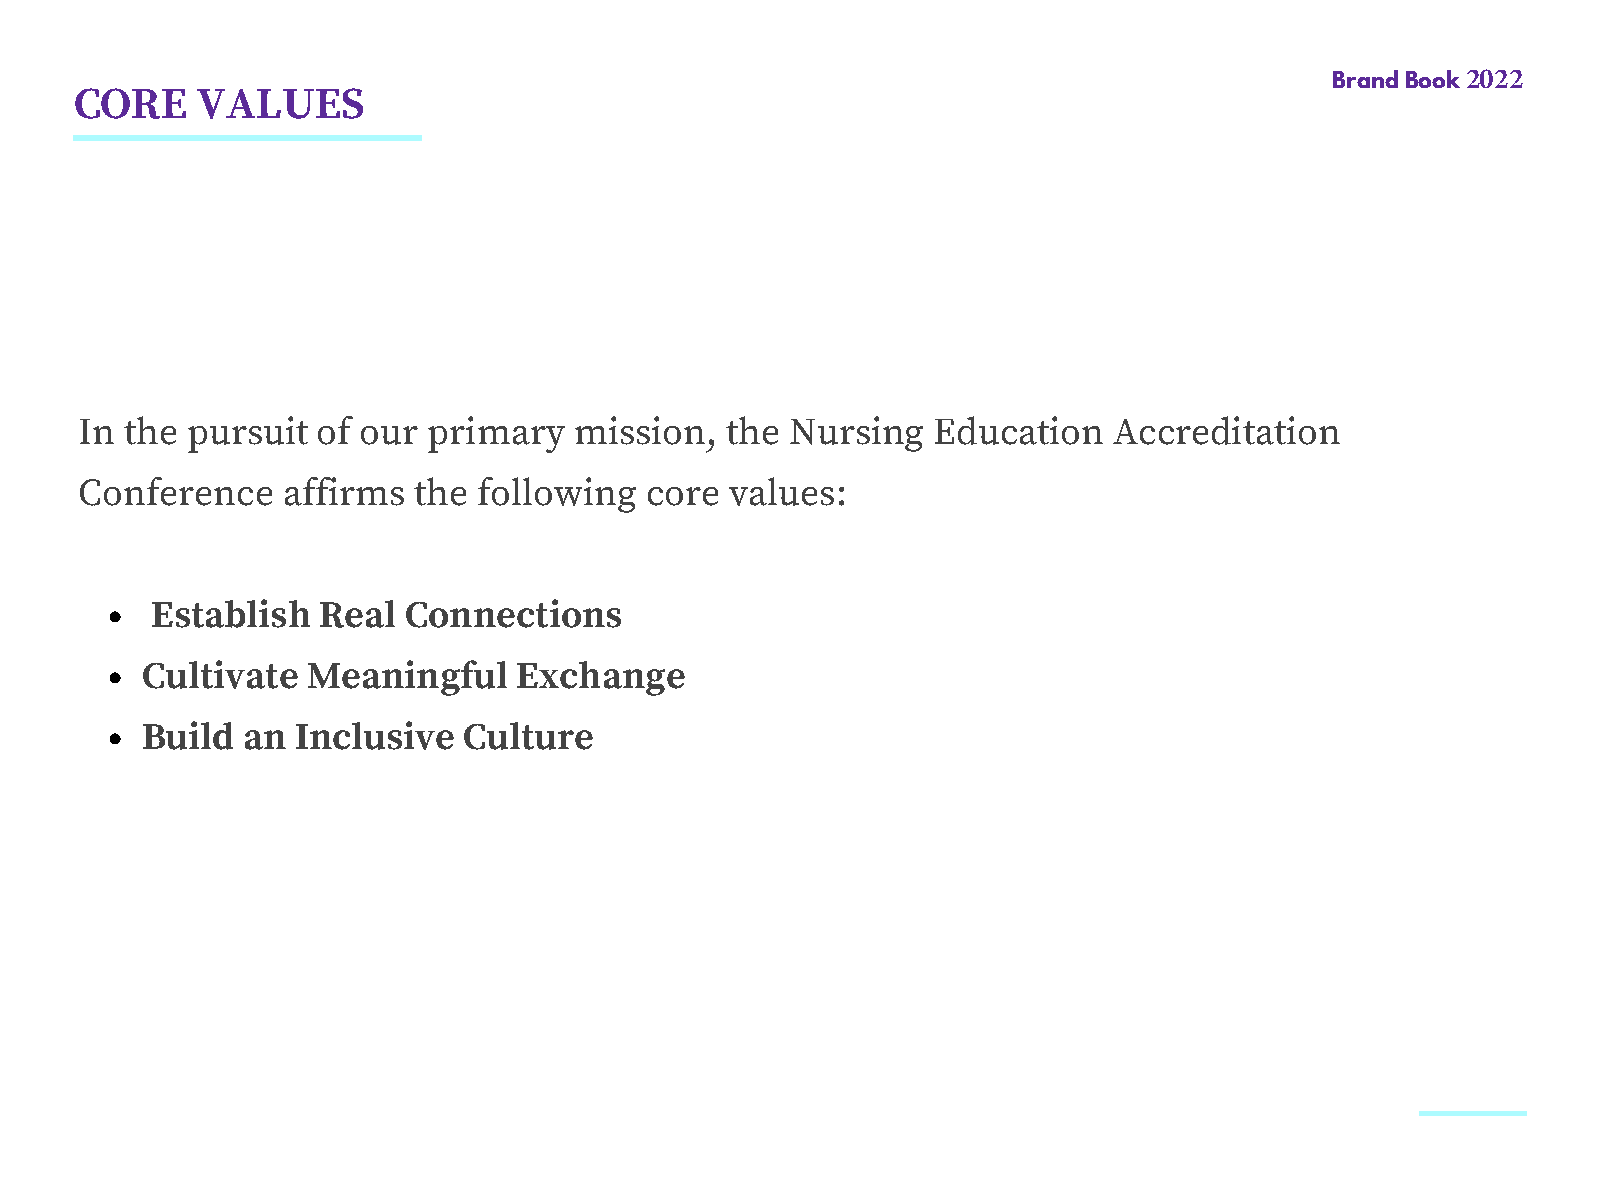
Brand Book 2022
 CORE    VALUES
 In the pursuit  of our primary   mission,  the Nursing   Education   Accreditation
 Conference    affirms the  following  core values:
 Establish  Real  Connections
 Cultivate  Meaningful    Exchange
 Build  an  Inclusive  Culture